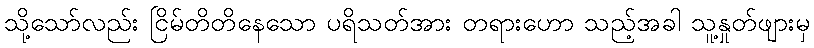
သို့သော်လည်း ငြိမ်တိတိနေသော ပရိသတ်အား တရားဟော သည့်အခါ သူ့နှုတ်ဖျားမှ